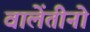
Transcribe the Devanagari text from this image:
वालेंतीनो